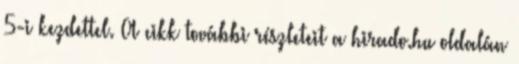
5-i kezdettel. A cikk további részleteit a hirado.hu oldalán